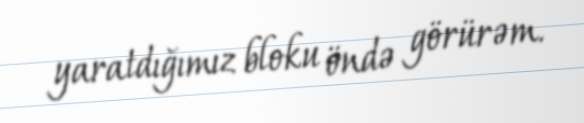
yaratdığımız bloku öndə görürəm.